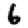
Digit: 6